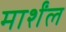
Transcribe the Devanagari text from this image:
मार्शंल